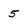
Character: 5